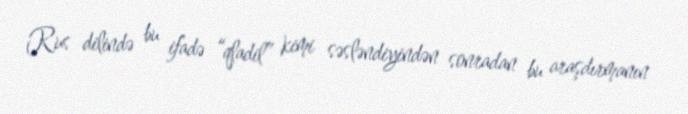
Rus dilində bu ifadə “qladil” kimi səsləndiyindən sonradan bu araşdırmanın